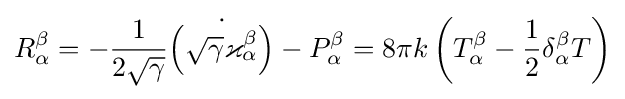
R_{\alpha }^{\beta }=-{\frac {1}{2{\sqrt {\gamma }}}}{\dot {\left({\sqrt {\gamma }}\varkappa _{\alpha }^{\beta }\right)}}-P_{\alpha }^{\beta }=8\pi k\left(T_{\alpha }^{\beta }-{\frac {1}{2}}\delta _{\alpha }^{\beta }T\right)